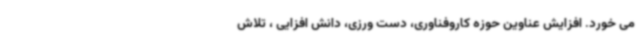
می خورد. افزایش عناوین حوزه کاروفناوری، دست ورزی، دانش افزایی ، تلاش